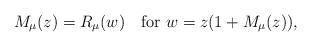
LaTeX: \begin{align*}M_{\mu} (z) = R_{\mu} (w) \ \ \mbox{ for } w = z( 1+ M_{\mu} (z)),\end{align*}